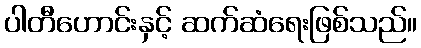
ပါတီဟောင်းနှင့် ဆက်ဆံရေးဖြစ်သည်။